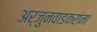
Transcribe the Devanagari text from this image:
अर्जुनवाडकरांना